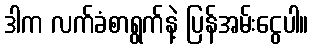
ဒါက လက်ခံစာရွက်နဲ့ ပြန်အမ်းငွေပါ။